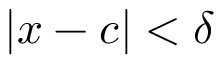
| x - c | < \delta